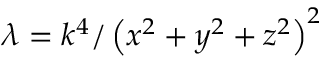
\lambda = k ^ { 4 } / \left( x ^ { 2 } + y ^ { 2 } + z ^ { 2 } \right) ^ { 2 }